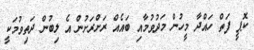
ކޮޕީ ފަތް ހައްދާ މީހުން މަދުވުމާއި ބައެއް ރަށްްރަށުން އެ ލިބުން ދަތިވުމަކީ